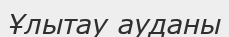
Ұлытау ауданы